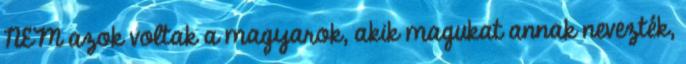
NEM azok voltak a magyarok, akik magukat annak nevezték,